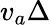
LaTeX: v_{a}\Delta